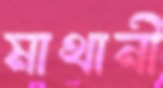
মাথানী